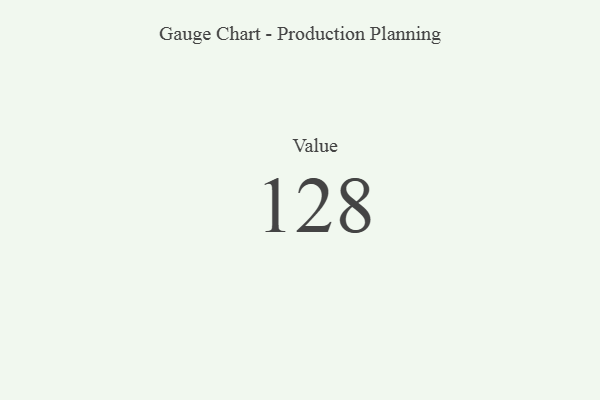
{"axis": {"x": "Metric", "y": "Value"}, "legend": [""], "data": [{"x": "Value", "y": 128, "type": ""}]}